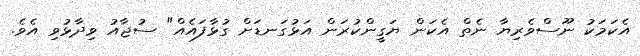
އެކަމަކު ނޫސްވެރިޔާ ނެތް އެކަން ޔަގީންކުރަން އަޅުގަނޑަށް ގުޅާފައެއް" ސުޖާއު ވިދާޅުވި އެވެ.